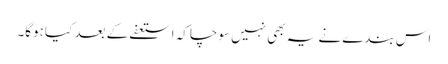
اس بندے نے یہ بھی نہیں سوچا کہ استعفے کے بعد کیا ہوگا۔